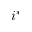
i ^ { * }